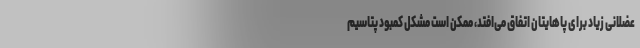
عضلانی زیاد برای پاهایتان اتفاق می‌افتد، ممکن است مشکل کمبود پتاسیم